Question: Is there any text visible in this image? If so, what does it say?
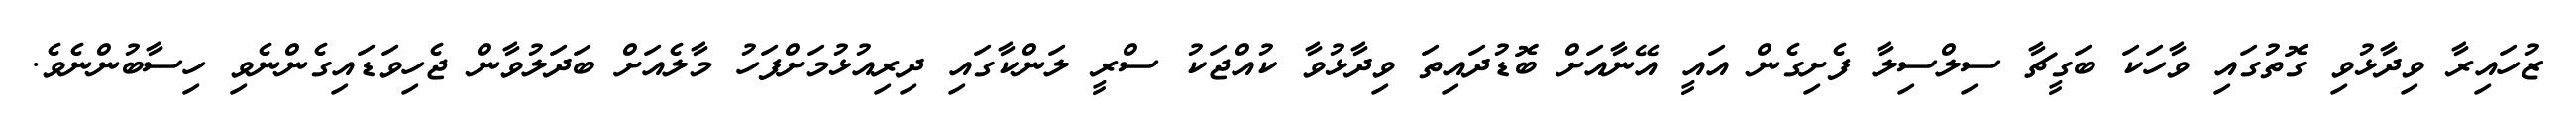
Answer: ޒުހައިރާ ވިދާޅުވި ގޮތުގައި ވާހަކަ ބަގީޗާ ސިލްސިލާ ފެށިގެން އައީ އޭނާއަށް ބޮޑުދައިތަ ވިދާޅުވާ ކުއްޖަކު ސްރީ ލަންކާގައި ދިރިއުޅުމަށްފަހު މާލެއަށް ބަދަލުވާން ޖެހިވަޑައިގެންނެވި ހިސާބުންނެވެ.